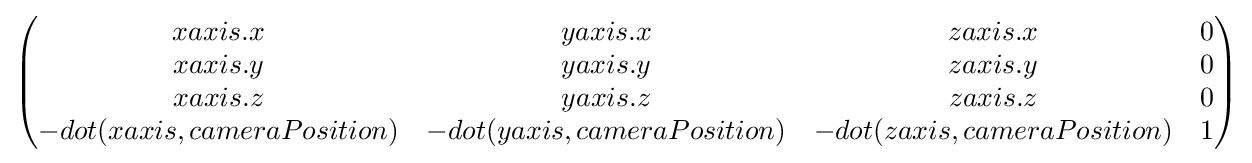
{\begin{pmatrix}{xaxis}.x&{yaxis}.x&{zaxis}.x&0\\{xaxis}.y&{yaxis}.y&{zaxis}.y&0\\{xaxis}.z&{yaxis}.z&{zaxis}.z&0\\-{dot}({xaxis},{cameraPosition})&-{dot}({yaxis},{cameraPosition})&-{dot}({zaxis},{cameraPosition})&1\end{pmatrix}}